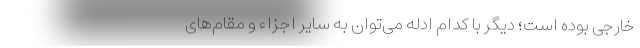
خارجی بوده است؛ دیگر با کدام ادلّه می‌توان به سایر اجزاء و مقام‌های